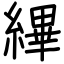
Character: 縪